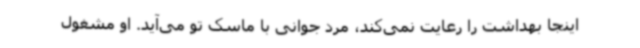
اینجا بهداشت را رعایت نمی‌کند، مرد جوانی با ماسک تو می‌آید. او مشغول